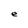
Character: e